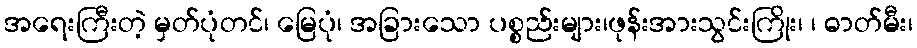
အရေးကြီးတဲ့ မှတ်ပုံတင်၊ မြေပုံ၊ အခြားသော ပစ္စည်းများ၊ဖုန်းအားသွင်းကြိုး၊ ၊ ဓာတ်မီး၊